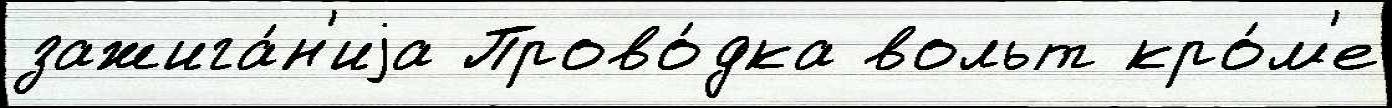
зажига́н'иjа Прово́дка вольт кро́м'е